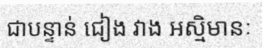
ជាបន្ទាន់ ជៀង វាង អស្មិមានៈ